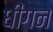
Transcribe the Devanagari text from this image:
धींगन